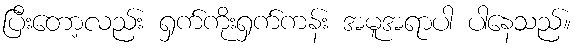
ပြီးတော့လည်း ရှက်ကိုးရှက်ကန်း အမူအရာပါ ပါနေသည်။